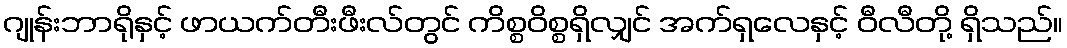
ဂျုန်းဘာရိုနှင့် ဖာယက်တီးဖီးလ်တွင် ကိစ္စဝိစ္စရှိလျှင် အက်ရှလေနှင့် ဝီလီတို့ ရှိသည်။